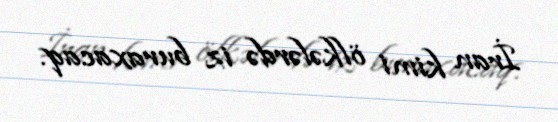
İran kimi ölkələrdə iz buraxacaq.